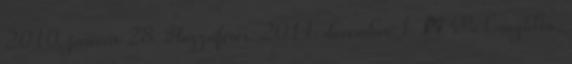
2010. január 28. Hozzáférés: 2011. december 1. ↑ McLaughlin,